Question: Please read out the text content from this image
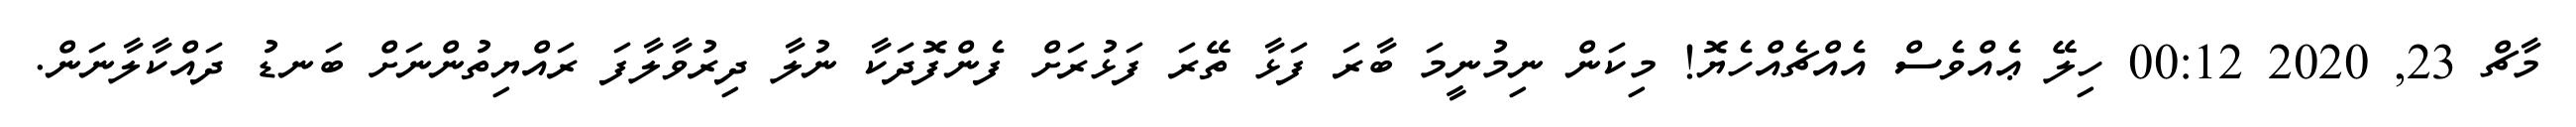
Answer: މާޗް 23, 2020 00:12 ހިލޭ ޢެއްވެސް އެއްޗެއްހެޔޮ! މިކަން ނިމުނީމަ ބާރަ ފަޅާ ތޭރަ ފަޅުރަށް ފެންފޮދަކާ ނުލާ ދިރުވާލާފަ ރައްޔިތުންނަށް ބަނޑު ދައްކާލާނަން.